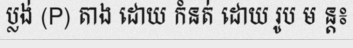
ប្លង់ (P) តាង ដោយ កំនត់ ដោយ រូប ម ន្ត៖